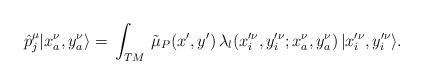
LaTeX: \begin{align*}\hat{p}^\mu_j|x^\nu_a,y^\nu_a\rangle=\,\int_{TM}\,\tilde{\mu}_P(x',y')\,\lambda_l(x'^\nu_i,y'^\nu_i;x^\nu_a,y^\nu_a)\,|x'^\nu_i,y'^\nu_i\rangle .\end{align*}